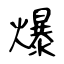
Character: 爆